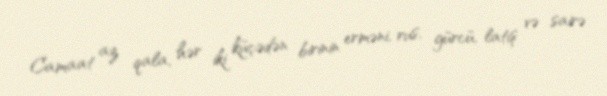
Camaat az qala, hər iki küçədən birinin erməni, rus, gürcü, latış və sairə